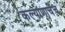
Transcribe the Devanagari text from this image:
कल्याणाचेच